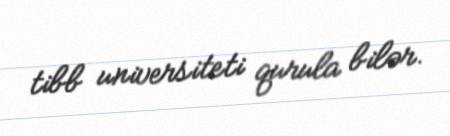
tibb universiteti qurula bilər.